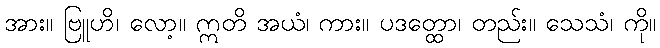
အား။ ဗြူဟိ၊ လော့။ ဣတိ အယံ၊ ကား။ ပဒတ္ထော၊ တည်း။ သေသံ၊ ကို။